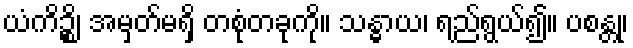
ယံကိဉ္စိ၊ အမှတ်မရှိ တစုံတခုကို။ သန္ဓာယ၊ ရည်ရွယ်၍။ ပစန္တု၊